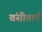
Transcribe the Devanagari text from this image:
वंसीतार्त